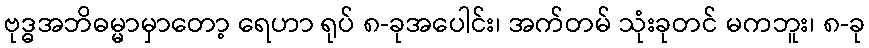
ဗုဒ္ဓအဘိဓမ္မာမှာတော့ ရေဟာ ရုပ် ၈-ခုအပေါင်း၊ အက်တမ် သုံးခုတင် မကဘူး၊ ၈-ခု